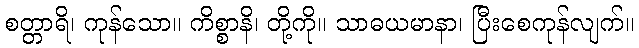
စတ္တာရိ၊ ကုန်သော။ ကိစ္စာနိ၊ တို့ကို။ သာဓယမာနာ၊ ပြီးစေကုန်လျက်။